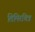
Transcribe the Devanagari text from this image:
तिमिरचित्र